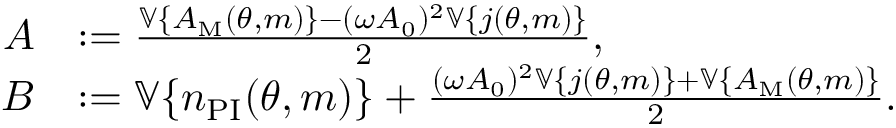
\begin{array} { r l } { A } & { : = \frac { \mathbb { V } \{ A _ { \mathrm { M } } ( \theta , m ) \} - ( \omega A _ { 0 } ) ^ { 2 } \mathbb { V } \{ j ( \theta , m ) \} } { 2 } , } \\ { B } & { : = \mathbb { V } \{ n _ { \mathrm { P I } } ( \theta , m ) \} + \frac { ( \omega A _ { 0 } ) ^ { 2 } \mathbb { V } \{ j ( \theta , m ) \} + \mathbb { V } \{ A _ { \mathrm { M } } ( \theta , m ) \} } { 2 } . } \end{array}